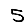
Digit: 5